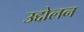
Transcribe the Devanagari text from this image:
उद्दोलन